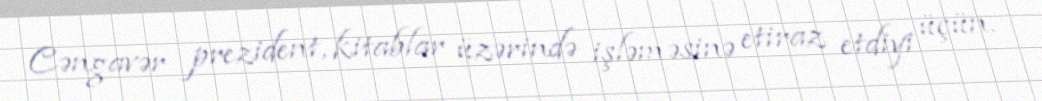
Cəngavər prezident, kitablar üzərində işləməsinə etiraz etdiyi üçün.